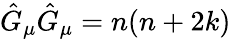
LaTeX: \hat{G}_{\mu}\hat{G}_{\mu}=n(n+2k)